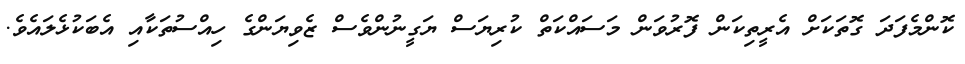
ކޮންމެފަދަ ގޮތަކަށް އެރީތިކަން ފޮރުވަން މަސައްކަތް ކުރިޔަސް ޔަގީނުންވެސް ޒެވިޔަންގެ ހިއްސުތަކާއި އެބަކުޅެލައެވެ.